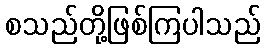
စသည်တို့ဖြစ်ကြပါသည်